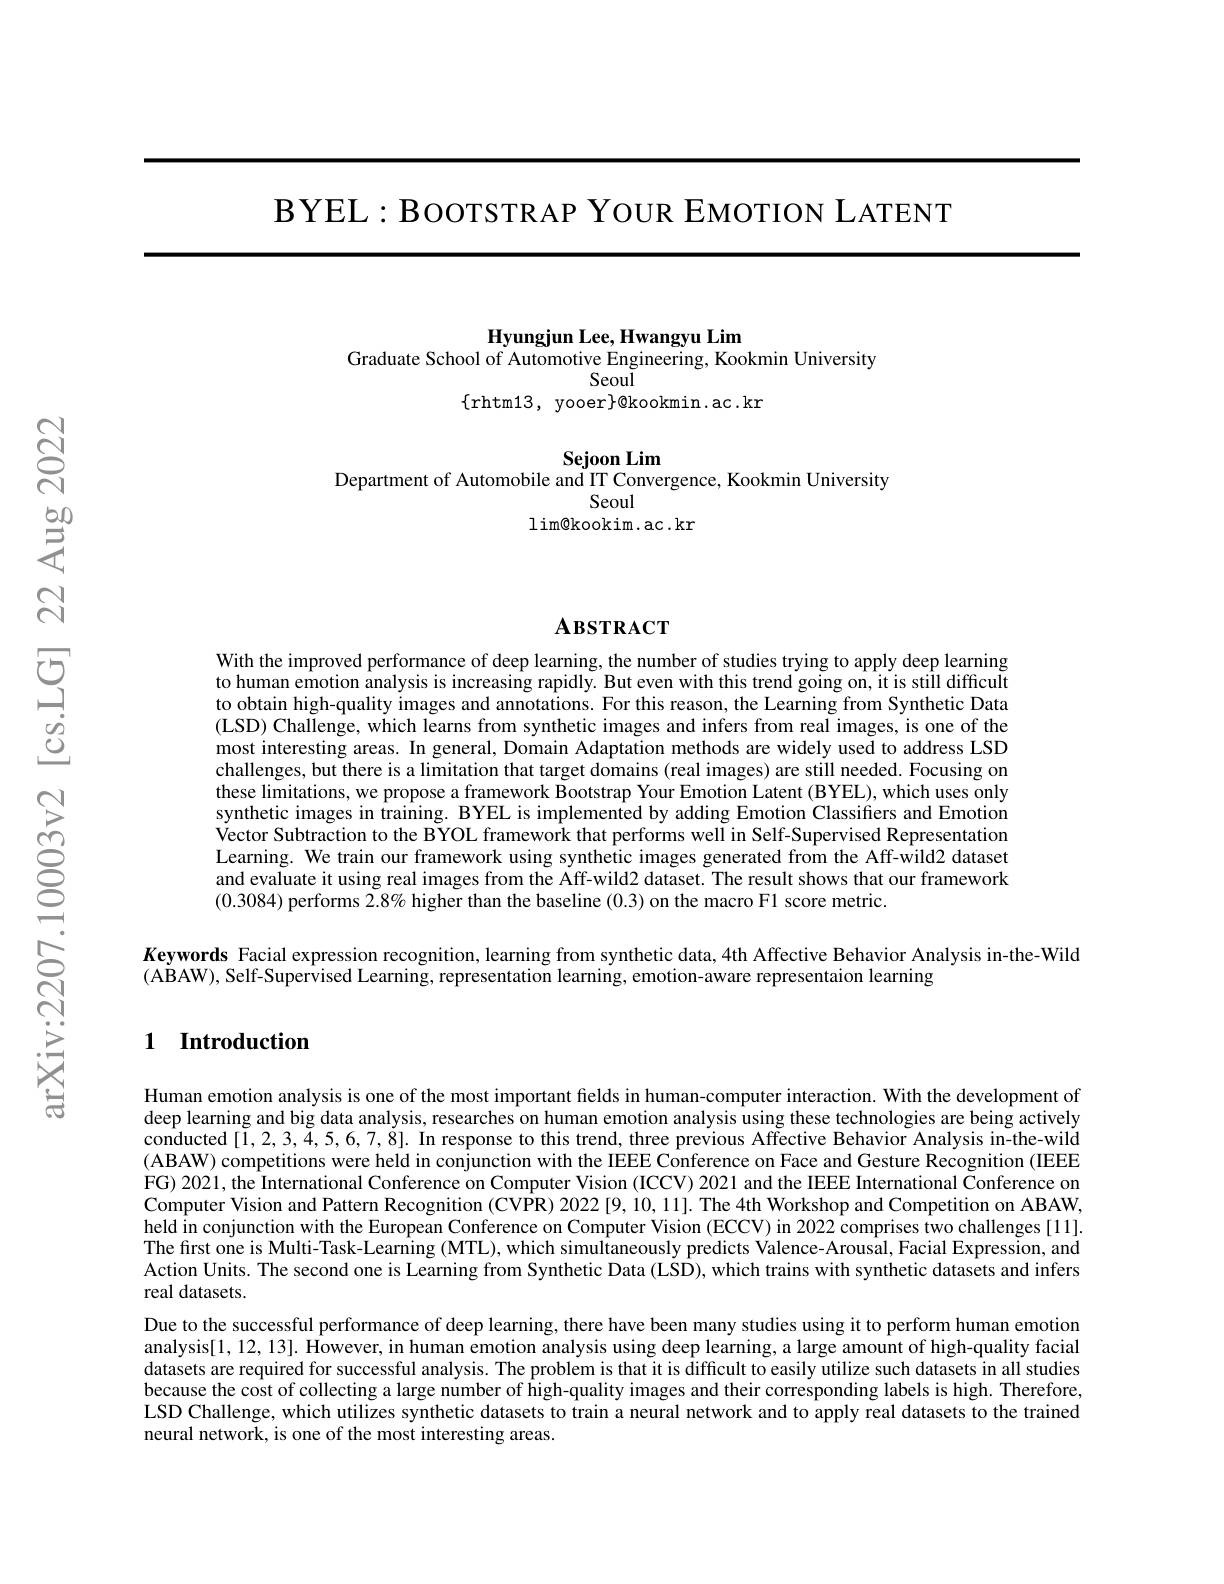
$\mathbf{BYEL:BOOTSTRAP~YOUR~EMOTION~LATENT}$

### $\textbf{Hyungjun Lee, Hwangyu Lim}$
Graduate School of Automotive Engineering, Kookmin University
### Seoul

$\{$rhtm13, yooer$\}$@kookmin.ac.kr

$\mathbf{Sejoon~Lim}$
Department of Automobile and IT Convergence, Kookmin University

Seoul
lim@ kookim. ac. kr

# $\mathbf{A}$взткаст

With the improved performance of deep learning, the number of studies trying to apply deep learning to human emotion analysis is increasing rapidly. But even with this trend going on, it is still difficult to obtain high-quality images and annotations. For this reason, the Learning from Synthetic Data (LSD) Challenge, which learns from synthetic images and infers from real images, is one of the most interesting areas. In general, Domain Adaptation methods are widely used to address LSD challenges, but there is a limitation that target domains (real images) are still needed. Focusing on these limitations, we propose a framework Bootstrap Your Emotion Latent (BYEL), which uses only synthetic images in training. BYEL is implemented by adding Emotion Classifiers and Emotion Vector Subtraction to the BYOL framework that performs well in Self-Supervised Representation Learning. We train our framework using synthetic images generated from the Aff-wild2 dataset and evaluate it using real images from the Aff-wild2 dataset. The result shows that our framework (0.3084) performs $2.8\%$ higher than the baseline (0.3) on the macro F1 score metric.

Keywords Facial expression recognition, learning from synthetic data, 4th Affective Behavior Analysis in-the-Wild
$(\hat{\text{ABAW), Self-Supervised Learning, representation learning, emotion-aware representaion learning}}$

### 1 Introduction

Human emotion analysis is one of the most important fields in human-computer interaction. With the development of deep learning and big data analysis, researches on human emotion analysis using these technologies are being actively conducted [$\tilde{1},2,3,\tilde{4},5,6,7,\dot{8}].$ In response to this trend, three previous Affective Behavior Analysis in-the-wild (ABAW) competitions were held in conjunction with the IEEE Conference on Face and Gesture Recognition (IEEE FG) 2021, the International Conference on Computer Vision (ICCV) 2021 and the IEEE International Čonference on Computer Vision and Pattern Recognition (CVPR) 2022[9,10,11]. The 4th Workshop and Competition on ABAW, held in conjunction with the European Conference on Computer Vision (ECCV) in 2022 comprises two challenges [11]. The first one is Multi-Task-Learning (MTL), which simultaneously predicts Valence-Arousal, Facial Expression, and Action Units. The second one is Learning from Synthetic Data (LSD), which trains with synthetic datasets and infers real datasets.
Due to the successful performance of deep learning, there have been many studies using it to perform human emotion analysis[1,12,13]. However, in human emotion analysis using deep learning, a large amount of high-quality facial datasets are required for successful analysis. The problem is that it is difficult to easily utilize such datasets in all studies because the cost of collecting a large number of high-quality images and their corresponding labels is high. Therefore, LSD Challenge, which utilizes synthetic datasets to train a neural network and to apply real datasets to the trained neural network, is one of the most interesting areas.